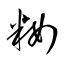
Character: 籹